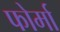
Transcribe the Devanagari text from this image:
फोर्मा